Eliaser,_Agnia_(Rutt)_ja_Elga, lk 35
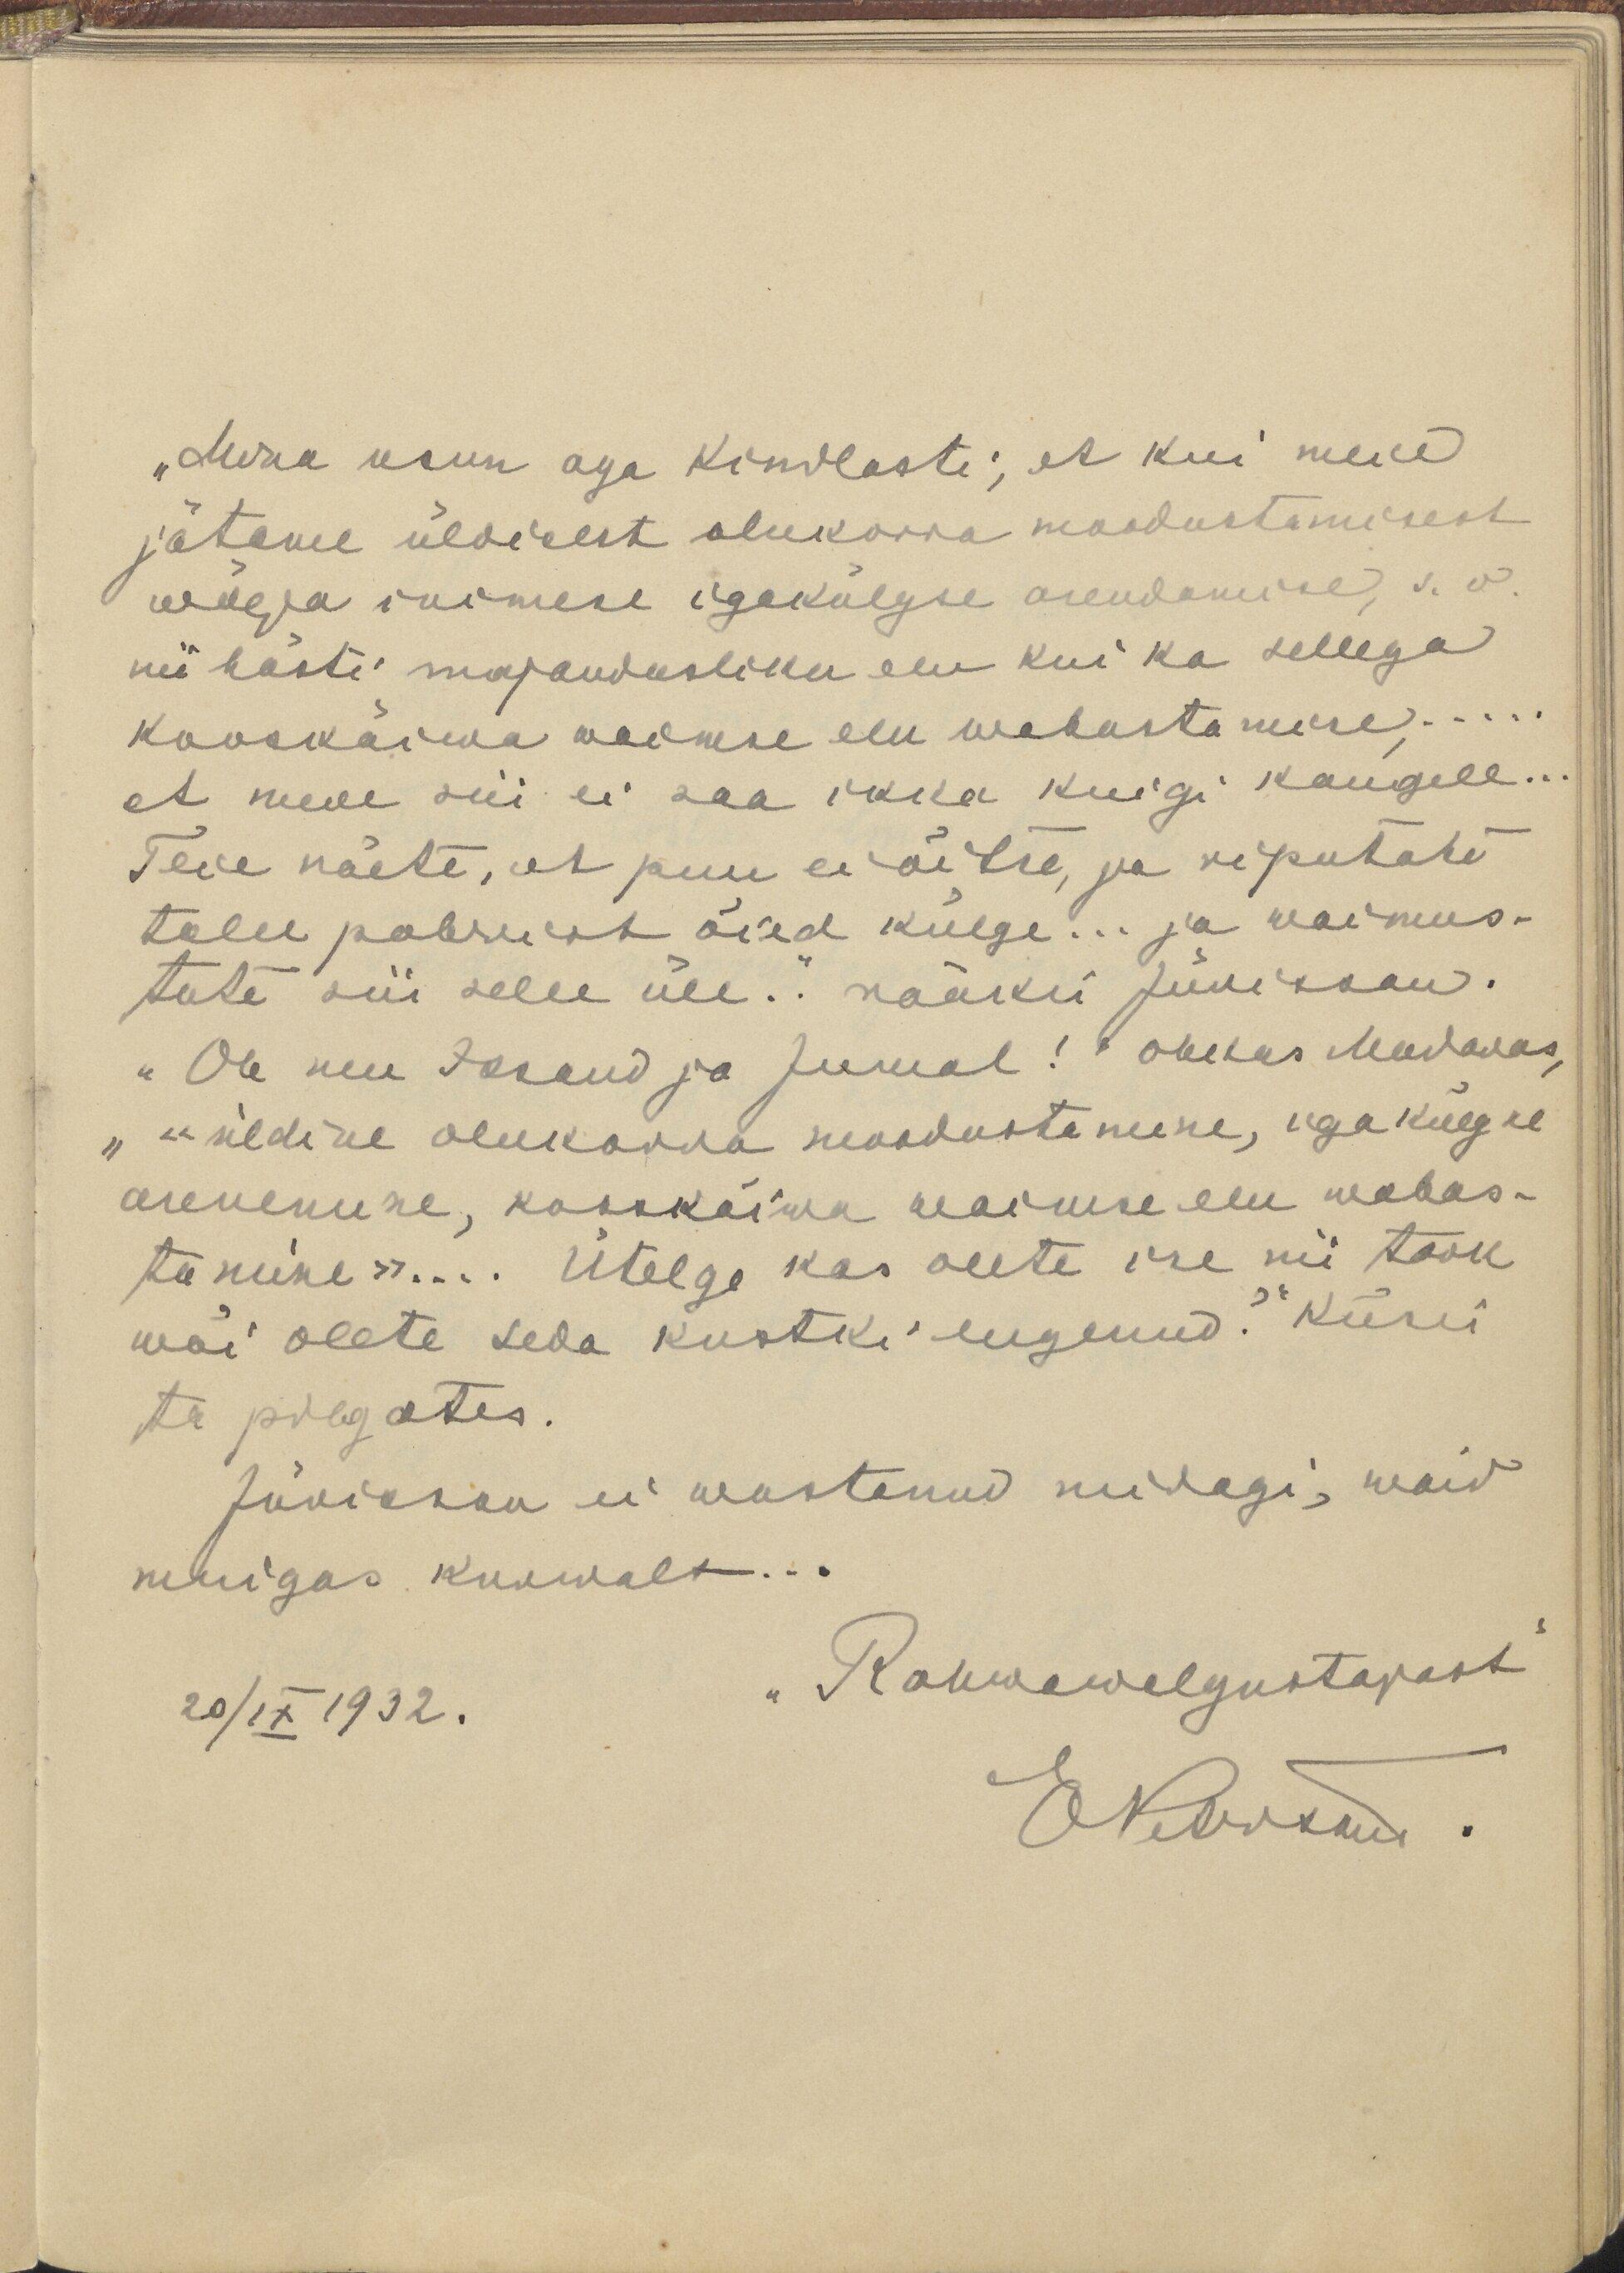
„Mina usun aga kindlasti, et kui meie
jätame üldisest olukorra moodustamisest
wäega inimese igakülgse arendamise, s.o.
nii hästi majandusliku elu kui ka sellega
kooskäiwa vaimse elu wabastamise, ...
et meie siis ei saa ikka kuigi kaugele...
Teie näete, et puu ei õitse, ja riputate
talle paberist õied külge... ja waimus-
tute siis selle üle.. rääkis Jürisson.
„Ole mu Issand ja Jumal!“ ohkas Madavas,
" üldine olukorra moodustamine, iga külgne
arenemine, kooskäiwa waimse elu wabas-
tamine"... Ütelge kas olete ise nii tark
wõi olete seda kustki lugenud?" Küsis
ta pilgates.
Jürisson ei wastanud midagi, waid
muigas kurwalt...
20/IX 1932.
"Rahwawalgustajast"
ENetnud.